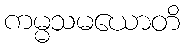
ကမ္မသမယောတိ